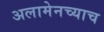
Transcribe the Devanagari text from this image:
अलामेनच्याच